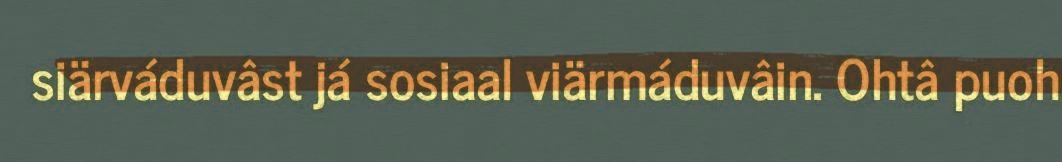
siärváduvâst já sosiaal viärmáduvâin. Ohtâ puoh